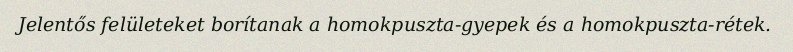
Jelentős felületeket borítanak a homokpuszta-gyepek és a homokpuszta-rétek.